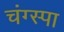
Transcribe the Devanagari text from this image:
चंग्स्पा